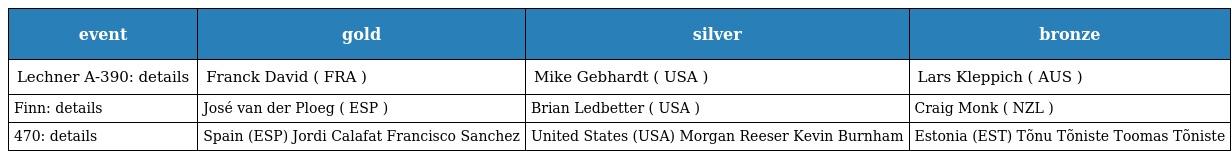
| event | gold | silver | bronze |
 | --- | --- | --- | --- |
 | Lechner A-390: details | Franck David ( FRA ) | Mike Gebhardt ( USA ) | Lars Kleppich ( AUS ) |
 | Finn: details | José van der Ploeg ( ESP ) | Brian Ledbetter ( USA ) | Craig Monk ( NZL ) |
 | 470: details | Spain (ESP) Jordi Calafat Francisco Sanchez | United States (USA) Morgan Reeser Kevin Burnham | Estonia (EST) Tõnu Tõniste Toomas Tõniste |